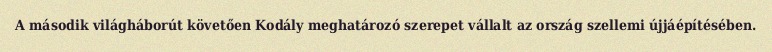
A második világháborút követően Kodály meghatározó szerepet vállalt az ország szellemi újjáépítésében.